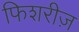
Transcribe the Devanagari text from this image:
फिशरीज़